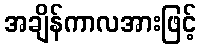
အချိန်ကာလအားဖြင့်